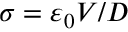
\sigma = \varepsilon _ { 0 } V / D